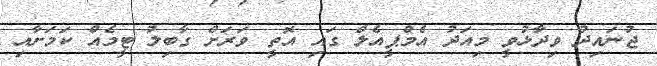
ޖުނައިދު ވިދާޅުވީ މިއަދު އެމްޕީއެލް ގައި އޮތީ ވަރަށް ގާބިލު ޓީމެއް ކަމަށާއި